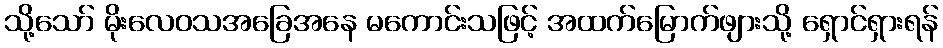
သို့သော် မိုးလေဝသအခြေအနေ မကောင်းသဖြင့် အထက်မြောက်ဖျားသို့ ရှောင်ရှားရန်